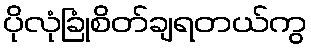
ပိုလုံခြုံစိတ်ချရတယ်ကွ